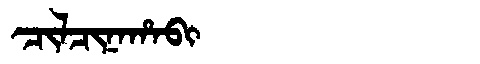
Manchu: ᠴᡳᠯᠴᡳᠨᠠᡥᠠᠪᡳ
Romanization: CILCINAHABI